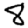
Digit: 8